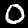
Label: 0